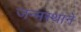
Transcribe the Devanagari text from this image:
जन्मस्थाने